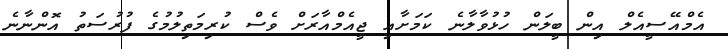
އެމްއޭސީއެލް އިން ބީލަން ހުޅުވާލާނެ ކަމަށާއި ޖީއެމްއާރަށް ވެސް ކުރިމަތިލުމުގެ ފުރުސަތު އޮންނާނެ